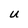
Character: U